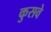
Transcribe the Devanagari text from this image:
कुसवे